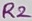
Text: R2